Vital statistics of India. Vol. IV, Annual returns from 1871 to 1876. British Army of India, Native Army and jails of Bengal
Year: 1871
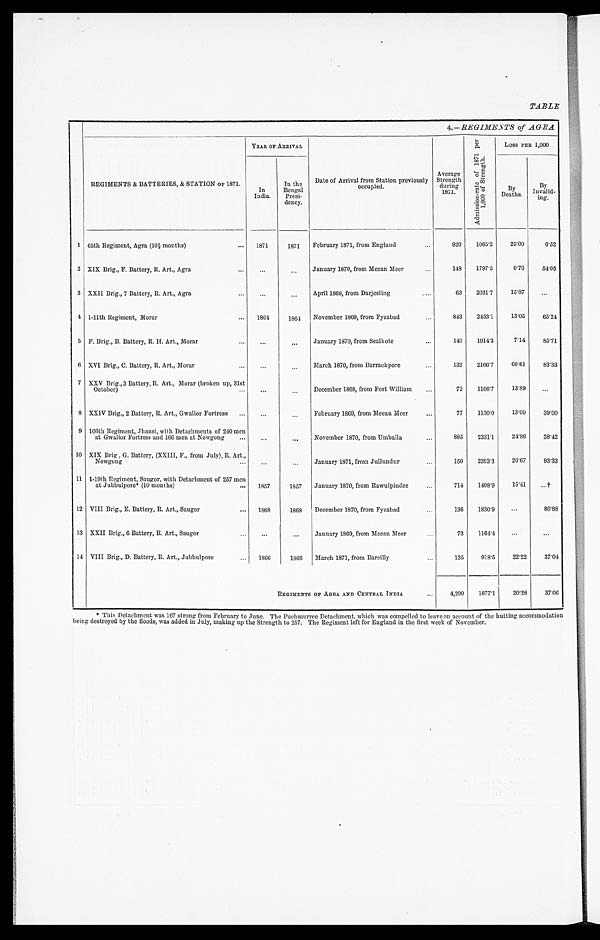
TABLE
.—REGIMESTS of _AGRA
REGIMENTS & BATTERIES, & STATION or 1871.
YEAR OF ARRIVAL
P.4
G
--,
LOSS PER 1,000
In
India.
In the
Bengal
Presi-
dency.
Date of Arrival from Station previously
occupied.
Average
Strength
during
1871.
t.-- ,..;
co.=
,–,
,.. .c
' ' ' O' . . . . . - ' ,
.4 ,/,'
-,-,.,
2 .
4 .
.c .?„ -
,,,,,, ,--,
,.-...
-1
BY
Deaths.
By
Invalid-
•
•ng.
05th Regiment, Agra (HQ, months)
...
1871
1871
920
1065'2
25'00
6'52
1
February 1871, from England
...
2 XIX Brig., F. Battery, R. Art., Agra
...
...
...
January 1870, from Meean Meer
...
149
1797'3
616
54'05
3 XXII Brig., 7 Battery, R. Art., Agra
...
..,
..,
April 1866, from Darjeeling
.....
63
2031'7
15'87
...
4 1-11th Regiment, Morar
...
1864
1864
November 1869, from Fyzabad
...
843
2453'1
13'05
65'24
5 F. Brig., B. Battery, R. H. Art., Morar
...
...
...
January 1870, from Scalkote
...
140
1914'3
7'14
85'71
6 XVI Brig., C. Battery, R. Art., Morar
...
...
...
March 1870, from Barrackpore
132
2166'7
60'61
83'33
7 XXV Brig., 3 Battery, R. Art., Morar (broken up, 31st
October)
...
December 1868, from Fort William
72
11667
13'89
8 XXIV Brig., 2 Battery, R. Art., Gwalior Fortress
...
...
February 1S69, from Meean Meer
...
77
1130'0
13'00
39'00
9 106th Regiment, Thansi, with Detachments of 240 men
at Gwalior Fortress and 166 men at Nowgong
...
..
..
November 1870, from Umballa
...
885
2331'1
24'86
38'42
10 XIX Brig , G. Battery, (XXIII, F., from July), R. Art.,
Nowgong
January 1871, from Jullundur
...
150
2393'3
26'67
93'33
11 1-19th Regiment, Saugor, with Detachment of 257 men
at Jubbulpore* (10 months)
...
1857
1857
January 1870, from Rawulpindee
...
714
1408'9
15'41
...
12 VIII Brig., E. Battery, R. Art., Saugor
•••
1868
1868
December 1870, from Fyzabad
...
136
1830'9
•.•
80'88
13 XXII Brig., 6 Battery, R. Art., Saugor...
...
.. ,
1869, from Meean Steer
73
116-P4
...
14
VIII Brig., D. Battery, R. Art., Jubbulporo
...
1866
1866
March 1871, from Bareilly
...
135
918'5
22'22
37'04
REGIMENTS OF AGRA. AND CENTRAL INDIA
...
4,290
1877'1
20'28
37'06
. . .
* This Detachment, was 167 strong from February to June. The pouhenurree Detachment, which was compelled to le; i ve on account of the butting acconmiolthou
being destroyed by the floods, was added in July, making up the Strength to 257. The Regiment left for England in the first week of November.